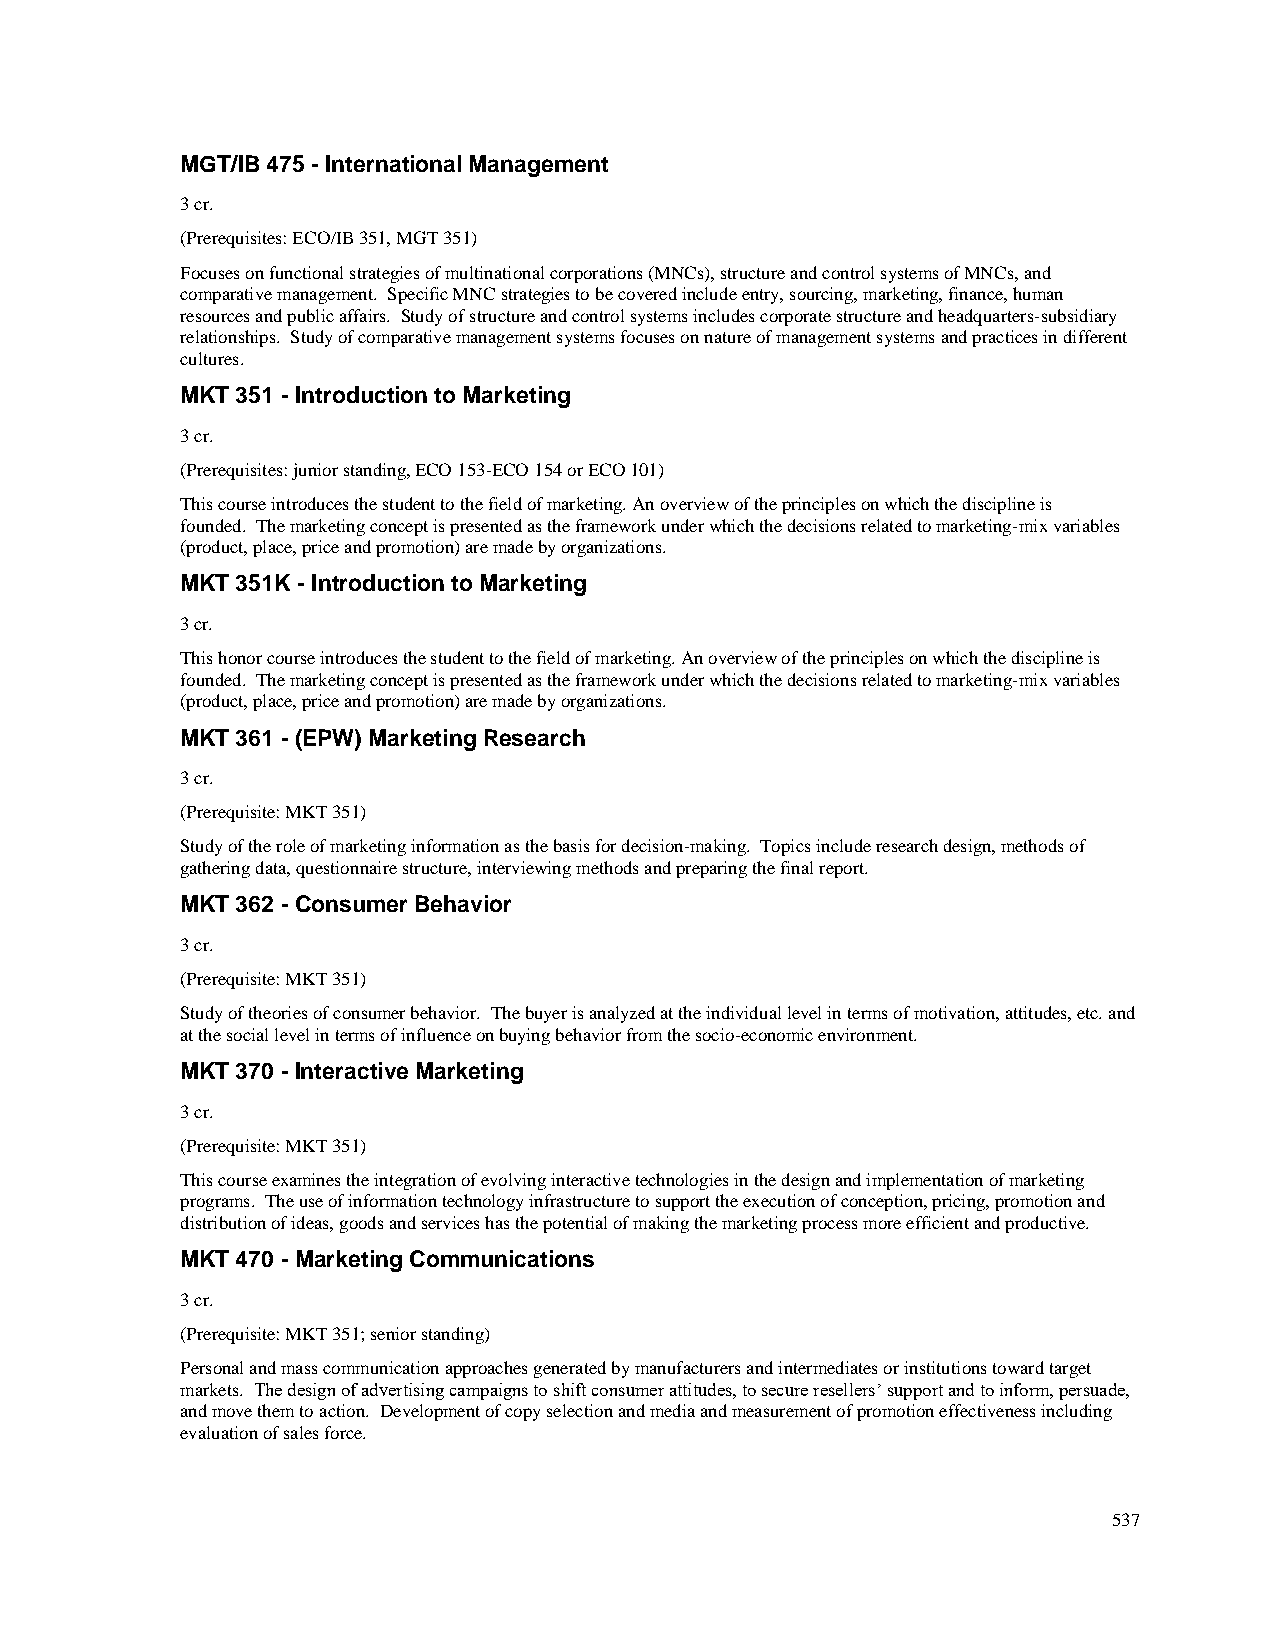
MGT/IB 475 - International Management
 3 cr.
 (Prerequisites: ECO/IB 351, MGT 351)
 Focuses on functional strategies of multinational corporations (MNCs), structure and control systems of MNCs, and
 comparative management. Specific MNC strategies to be covered include entry, sourcing, marketing, finance, human
 resources and public affairs. Study of structure and control systems includes corporate structure and headquarters-subsidiary
 relationships. Study of comparative management systems focuses on nature of management systems and practices in different
 cultures.
 MKT 351 - Introduction to Marketing
 3 cr.
 (Prerequisites: junior standing, ECO 153-ECO 154 or ECO 101)
 This course introduces the student to the field of marketing. An overview of the principles on which the discipline is
 founded. The marketing concept is presented as the framework under which the decisions related to marketing-mix variables
 (product, place, price and promotion) are made by organizations.
 MKT 351K - Introduction to Marketing
 3 cr.
 This honor course introduces the student to the field of marketing. An overview of the principles on which the discipline is
 founded. The marketing concept is presented as the framework under which the decisions related to marketing-mix variables
 (product, place, price and promotion) are made by organizations.
 MKT 361 - (EPW) Marketing Research
 3 cr.
 (Prerequisite: MKT 351)
 Study of the role of marketing information as the basis for decision-making. Topics include research design, methods of
 gathering data, questionnaire structure, interviewing methods and preparing the final report.
 MKT 362 - Consumer Behavior
 3 cr.
 (Prerequisite: MKT 351)
 Study of theories of consumer behavior. The buyer is analyzed at the individual level in terms of motivation, attitudes, etc. and
 at the social level in terms of influence on buying behavior from the socio-economic environment.
 MKT 370 - Interactive Marketing
 3 cr.
 (Prerequisite: MKT 351)
 This course examines the integration of evolving interactive technologies in the design and implementation of marketing
 programs. The use of information technology infrastructure to support the execution of conception, pricing, promotion and
 distribution of ideas, goods and services has the potential of making the marketing process more efficient and productive.
 MKT 470 - Marketing Communications
 3 cr.
 (Prerequisite: MKT 351; senior standing)
 Personal and mass communication approaches generated by manufacturers and intermediates or institutions toward target
 markets. The design of advertising campaigns to shift consumer attitudes, to secure resellers’ support and to inform, persuade,
 and move them to action. Development of copy selection and media and measurement of promotion effectiveness including
 evaluation of sales force.
 537